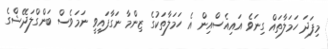
މިފަދަ ހަމަލާތައް ގިނަވެ އައިއެސްއިން އެ ހަމަލާތަކުގެ ޒިންމާ ނަގާފައިވީ ނަމަވެސް ބަންގްލަދޭޝްގެ